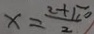
x = \frac { 2 + \sqrt { 1 0 } } { 2 }